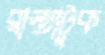
রাস্তাটুক